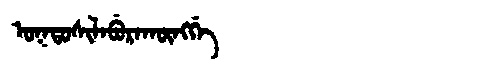
Manchu: ᠣᡴᡨᠣᠰᡳᠯᠠᠪᡠᡵᠠᡴᡡᠩᡤᡝ
Romanization: OKTOSILABURAKŪNGGE